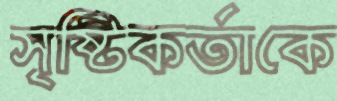
সৃষ্টিকর্তাকে